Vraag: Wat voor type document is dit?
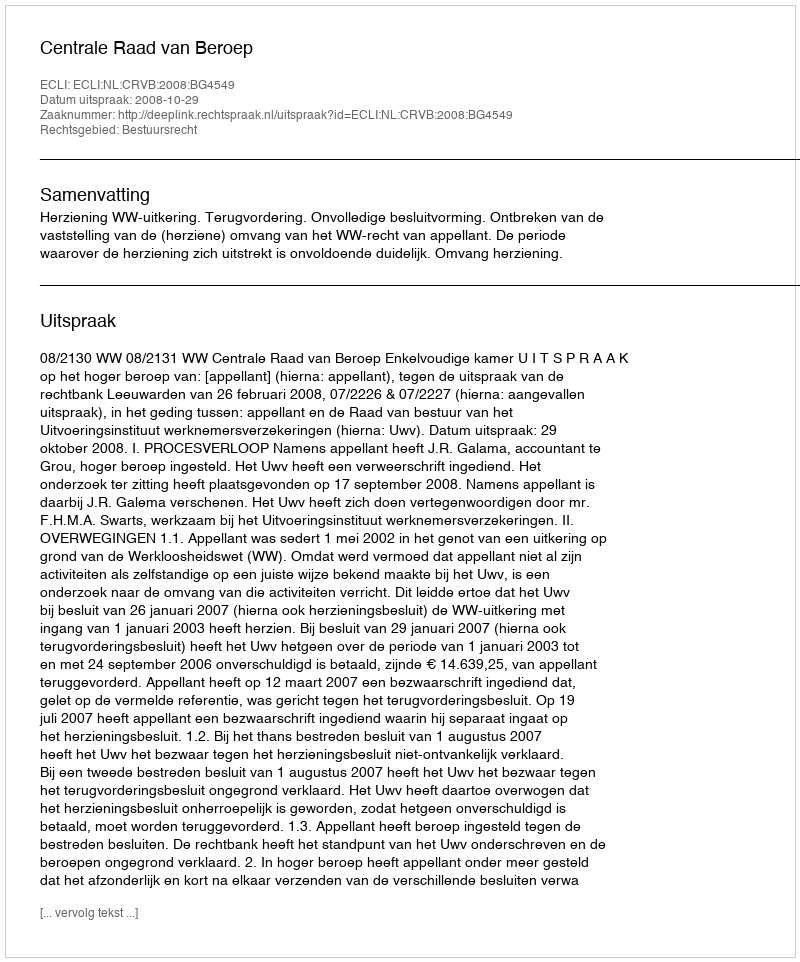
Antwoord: Uitspraak